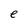
Character: e